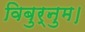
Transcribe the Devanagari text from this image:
विबुर्नुम।